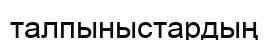
талпыныстардың